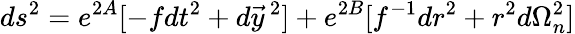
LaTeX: ds^{2}=e^{2A}[-fdt^{2}+d\vec{y}\, ^{2}]+e^{2B}[f^{-1}dr^{2}+r^{2}d\Omega_{n}^{2}]